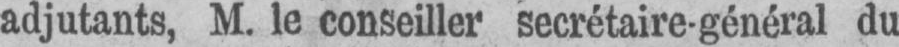
adjutants, M. le conseiller secrétaire-général du